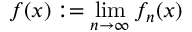
f ( x ) : = \operatorname* { l i m } _ { n \rightarrow \infty } f _ { n } ( x )